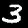
Digit: 3